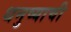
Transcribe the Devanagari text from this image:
धनुष्याची